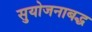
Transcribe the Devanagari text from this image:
सुयोजनाबद्ध